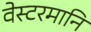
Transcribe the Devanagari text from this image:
वेस्टरमानि